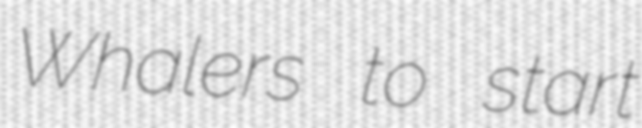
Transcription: Whalers to start